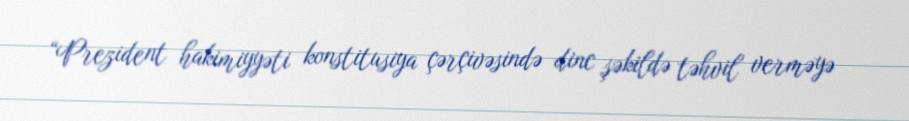
“Prezident hakimiyyəti konstitusiya çərçivəsində dinc şəkildə təhvil verməyə